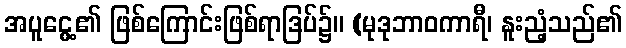
အပူငွေ့၏ ဖြစ်ကြောင်းဖြစ်ရာဒြပ်၌။ (မုဒုဘာဝကာရီ၊ နူးညံ့သည်၏